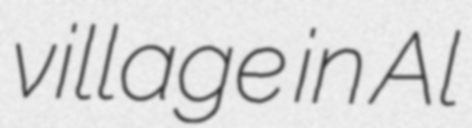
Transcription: village in Al